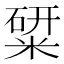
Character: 䊙